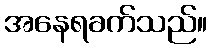
အနေရခက်သည်။